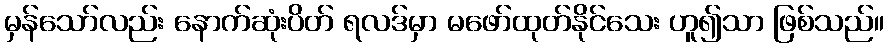
မှန်သော်လည်း နောက်ဆုံးပိတ် ရလဒ်မှာ မဖော်ထုတ်နိုင်သေး ဟူ၍သာ ဖြစ်သည်။